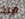
منذ